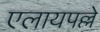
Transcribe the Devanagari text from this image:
एलायपल्ले